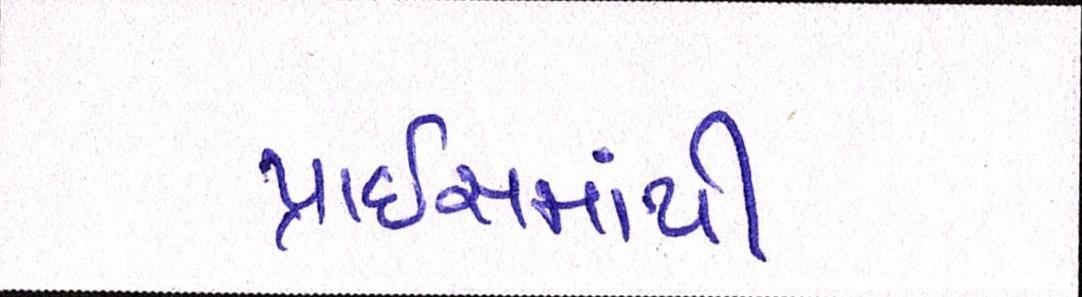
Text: પ્રાઇસમાંથી